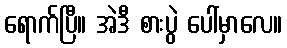
ရောက်ပြီ။ အဲဒီ စားပွဲ ပေါ်မှာလေ။